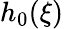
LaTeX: h_{0}(\xi)